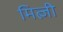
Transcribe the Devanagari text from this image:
मित्ज़ी